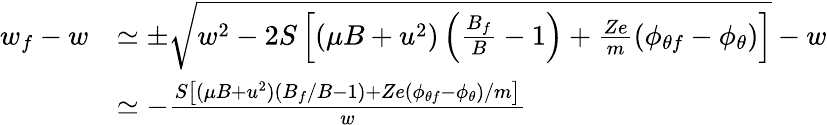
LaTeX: \begin{array}{rl}{w_{f}-w}&{\simeq\pm\sqrt{w^{2}-2S\left[(\mu B+u^{2})\left(\frac{B_{f}}{B}-1\right)+\frac{Ze}{m}(\phi_{\theta f}-\phi_{\theta})\right]}-w}\\ &{\simeq-\frac{S\left[(\mu B+u^{2})\left(B_{f}/B-1\right)+Ze(\phi_{\theta f}-\phi_{\theta})/m\right]}{w}}\end{array}